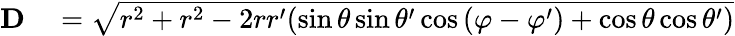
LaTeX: \begin{array}{rl}{{\mathbf{D}}}&{{}={\sqrt{r^{2}+r^{2}-2rr^{\prime}(\sin{\theta}\sin{\theta^{\prime}}\cos{(\varphi-\varphi^{\prime})}+\cos{\theta}\cos{\theta^{\prime}})}}}\end{array}